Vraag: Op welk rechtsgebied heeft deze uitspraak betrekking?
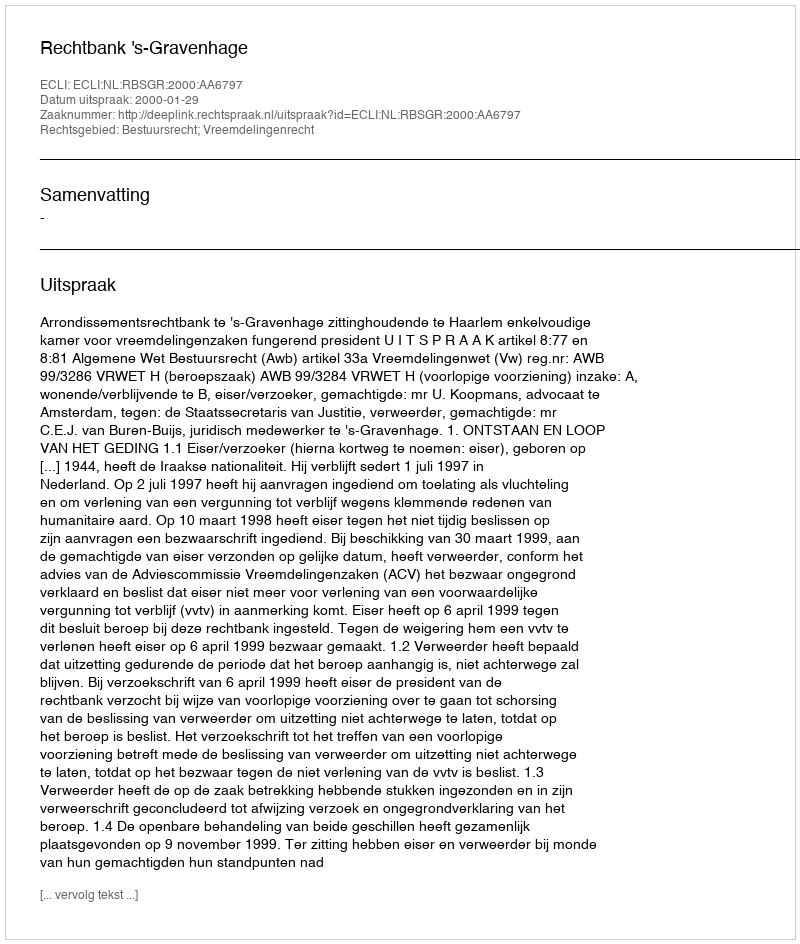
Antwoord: Bestuursrecht; Vreemdelingenrecht